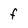
Character: f